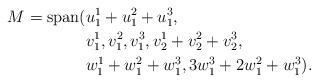
LaTeX: \begin{align*} M = \mathrm{span}( & u_1^1 + u_1^2 + u_1^3, \\ & v_1^1, v_1^2, v_1^3, v_2^1 + v_2^2 + v_2^3, \\ & w_1^1 + w_1^2 + w_1^3, 3w_1^3 + 2w_1^2 + w_1^3). \end{align*}